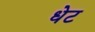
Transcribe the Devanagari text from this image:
धेट